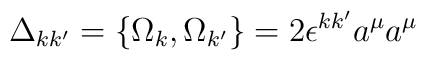
\Delta_{k k^{\prime}}=\{\Omega_{k},\Omega_{k^{\prime}}\} = 2\epsilon^{kk^{\prime}}a^{\mu}a^{\mu}